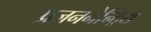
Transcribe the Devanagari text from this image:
प्रजननेन्द्रिय